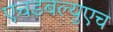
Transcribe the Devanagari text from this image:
एचडबल्युएच